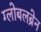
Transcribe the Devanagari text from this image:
ग्लोबलब्रेन